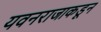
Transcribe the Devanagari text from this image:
यवनराजाकडून